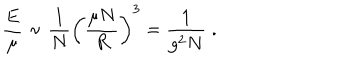
{ \frac { E } { \mu } } \sim { \frac { 1 } { N } } \left( { \frac { \mu N } { R } } \right) ^ { 3 } = { \frac { 1 } { g ^ { 2 } N } } \; .